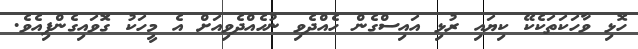
ހޮޅި ވާހަކަތަކެކޭ ކިޔައި ރުޅި އައިސްގެން ހެއްދެވި ނުހެއްދެވިއަށް އެ މީހަކު ގޮަވައިގެންފިއެވެ.